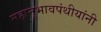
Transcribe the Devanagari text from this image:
महानुभावपंथीयांनी